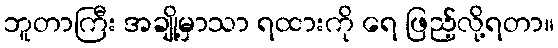
ဘူတာကြီး အချို့မှာသာ ရထားကို ရေ ဖြည့်လို့ရတာ။